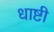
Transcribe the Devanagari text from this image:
धाष्टी